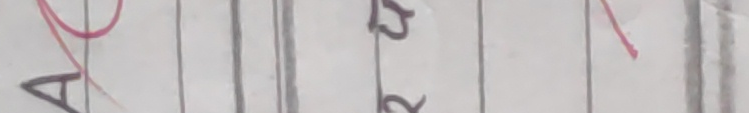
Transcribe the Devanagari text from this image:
२८